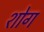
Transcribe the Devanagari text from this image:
शोग